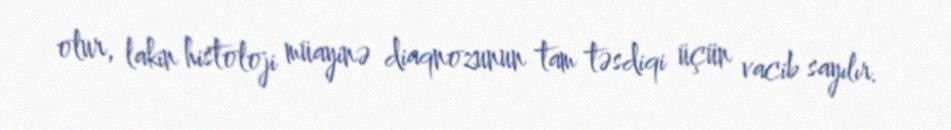
olur, lakin histoloji müayinə diaqnozunun tam təsdiqi üçün vacib sayılır.